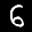
Label: 6